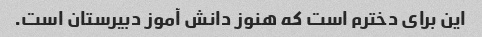
این برای دخترم است که هنوز دانش آموز دبیرستان است.